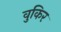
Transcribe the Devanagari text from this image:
वुकिर